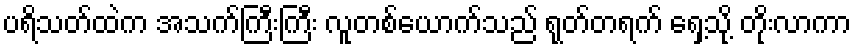
ပရိသတ်ထဲက အသက်ကြီးကြီး လူတစ်ယောက်သည် ရုတ်တရက် ရှေ့သို့ တိုးလာကာ